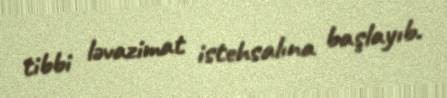
tibbi ləvazimat istehsalına başlayıb.